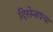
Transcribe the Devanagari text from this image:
दिसेनाश्या